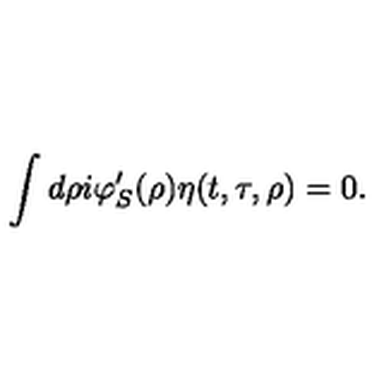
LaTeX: \int d \rho i \varphi _ { S } ^ { \prime } ( \rho ) \eta ( t , \tau , \rho ) = 0 .